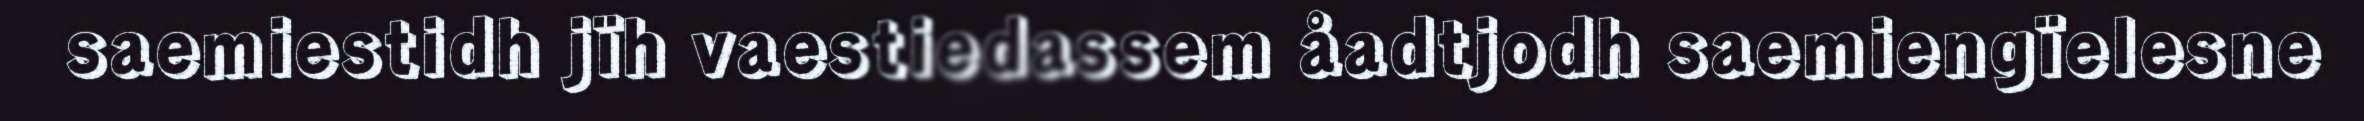
saemiestidh jïh vaestiedassem åadtjodh saemiengïelesne